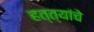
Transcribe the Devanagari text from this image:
हत्त्यांचे